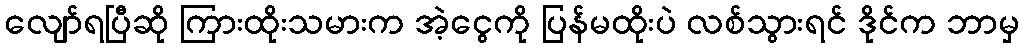
လျော်ရပြီဆို ကြားထိုးသမားက အဲ့ငွေကို ပြန်မထိုးပဲ လစ်သွားရင် ဒိုင်က ဘာမှ